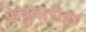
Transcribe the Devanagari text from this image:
फेब्रुवारीहा